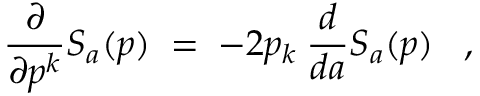
\frac { \partial } { \partial p ^ { k } } S _ { a } ( p ) \; = \; - 2 p _ { k } \: \frac { d } { d a } S _ { a } ( p ) \; \; \; ,